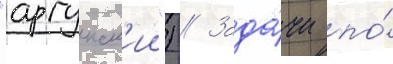
"аргунск'ии") // Зада́чи по́